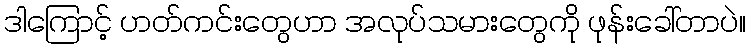
ဒါကြောင့် ဟတ်ကင်းတွေဟာ အလုပ်သမားတွေကို ဖုန်းခေါ်တာပဲ။